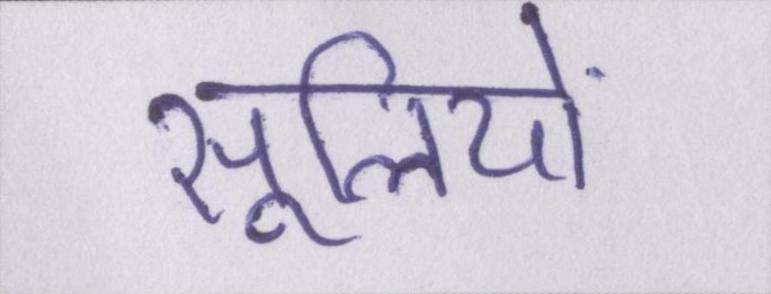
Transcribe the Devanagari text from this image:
सूलियों